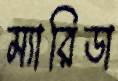
ম্যারিডা